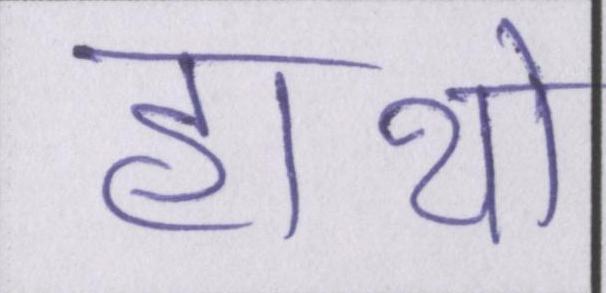
हाथो